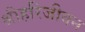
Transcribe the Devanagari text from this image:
श्रीहरिजीवन